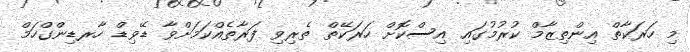
މި ހަރަކާތް އިންތިޒާމް ކުރުމުގައި އިސްކޮށް ހަރަކޭތް ތެރިވި ފަރާތެއްކަމަށްވާ ޑޭވިޑް ހާރޑިންގްހަމް